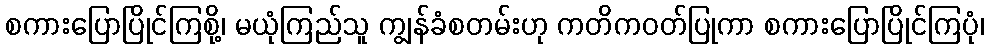
စကားပြောပြိုင်ကြစို့၊ မယုံကြည်သူ ကျွန်ခံစတမ်းဟု ကတိကဝတ်ပြုကာ စကားပြောပြိုင်ကြပုံ၊